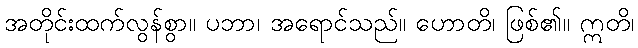
အတိုင်းထက်လွန်စွာ။ ပဘာ၊ အရောင်သည်။ ဟောတိ၊ ဖြစ်၏။ ဣတိ၊